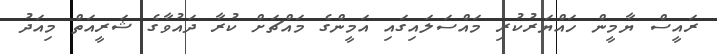
ރައީސް ޔާމީން ހައްޔަރުކުރި މައްސަލައިގައި އަމީންގެ މައްޗަށް ކުރާ ދައުވާގެ ޝަރީއަތް މިއަދު